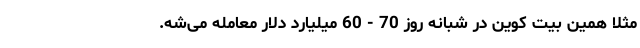
مثلاً همین بیت کوین در شبانه روز 70 - 60 میلیارد دلار معامله می­شه.